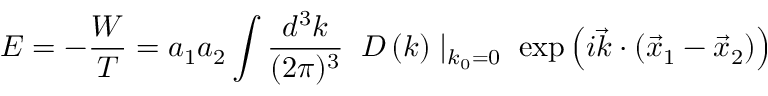
E = - { \frac { W } { T } } = a _ { 1 } a _ { 2 } \int { \frac { d ^ { 3 } k } { ( 2 \pi ) ^ { 3 } } } \; \; D \left( k \right) \mid _ { k _ { 0 } = 0 } \; \exp \left( i { \vec { k } } \cdot \left( { \vec { x } } _ { 1 } - { \vec { x } } _ { 2 } \right) \right)